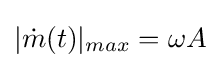
|{\dot {m}}(t)|_{max}=\omega A